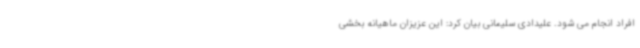
افراد انجام می شود. علیدادی سلیمانی بیان کرد: این عزیزان ماهیانه بخشی